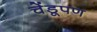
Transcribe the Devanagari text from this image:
चेंडूपण